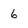
Character: 6